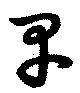
早